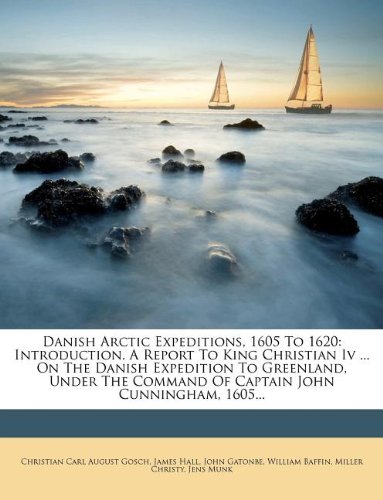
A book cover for Danish Arctic Expeditions, 1605 to 1620: Introduction. a Report to King Christian IV ... on the Danish Expedition to Greenland, Under the Command of C; James Hall; History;